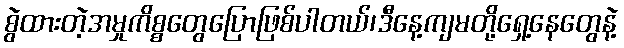
စွဲထားတဲ့အမှုကိစ္စတွေပြောဖြစ်ပါတယ်၊ဒီနေ့ကျမတို့ရှေ့နေတွေနဲ့